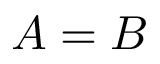
A = B